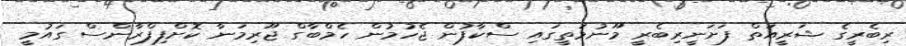
ރިބެރީގެ ޝަރީއަތް ފަށަނީރިބެރީ މޫނުމަތީގައި ސްކާފުން ޖެހުމުން ހެމްބާގް ޖޫރިމަނާ ކޮށްފިފްރާންސް ގައުމީ